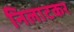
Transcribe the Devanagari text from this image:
निलाटकर